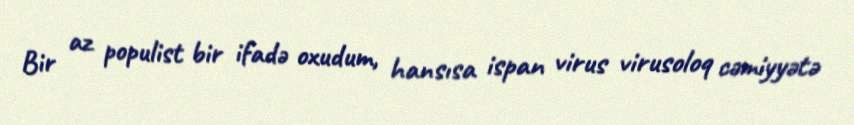
Bir az populist bir ifadə oxudum, hansısa ispan virus virusoloq cəmiyyətə